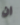
ان